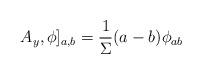
LaTeX: \begin{align*}A_y,\phi]_{a,b} = \frac{1}{\Sigma} (a - b)\phi_{ab}\end{align*}